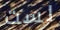
لست